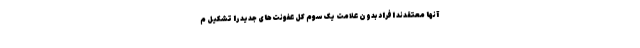
آنها معتقدند افراد بدون علامت یک سوم کل عفونت‌های جدید را تشکیل م